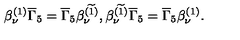
\beta _ { \nu } ^ { ( 1 ) } \overline { { \Gamma } } _ { 5 } = \overline { { \Gamma } } _ { 5 } \beta _ { \nu } ^ { ( \widetilde { 1 } ) } , \beta _ { \nu } ^ { ( \widetilde { 1 } ) } \overline { { \Gamma } } _ { 5 } = \overline { { \Gamma } } _ { 5 } \beta _ { \nu } ^ { ( 1 ) } .